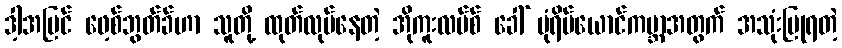
ဒါ့အပြင် ဖေ့စ်ဘွတ်ခ်ဟာ သူတို့ ထုတ်လုပ်နေတဲ့ အိုကူးလပ်စ် ခေါ် ပုံရိပ်ယောင်ကမ္ဘာအတွက် အသုံးပြုရတဲ့